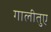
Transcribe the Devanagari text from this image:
गालीतुए